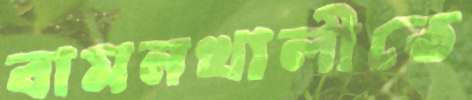
বামনখালীতে